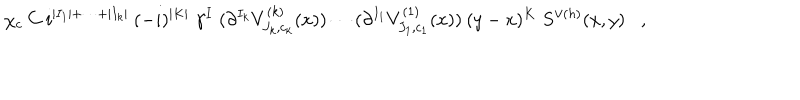
LaTeX: \chi _ { c } \: C \: i ^ { | I _ { 1 } | + \cdots + | I _ { k } | } \: ( - i ) ^ { | K | } \; \gamma ^ { I } \; ( \partial ^ { I _ { k } } V _ { J _ { k } , c _ { k } } ^ { ( k ) } ( x ) ) \cdots ( \partial ^ { I _ { 1 } } V _ { J _ { 1 } , c _ { 1 } } ^ { ( 1 ) } ( x ) ) \: ( y - x ) ^ { K } \; S ^ { \vee ( h ) } ( x , y ) ,